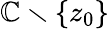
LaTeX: \mathbb{C}\smallsetminus\{ z_{0}\}